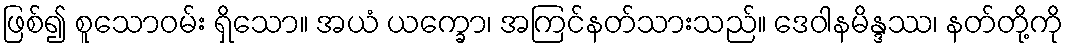
ဖြစ်၍ စူသောဝမ်း ရှိသော။ အယံ ယက္ခော၊ အကြင်နတ်သားသည်။ ဒေဝါနမိန္ဒဿ၊ နတ်တို့ကို